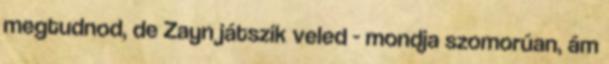
megtudnod, de Zayn játszik veled - mondja szomorúan, ám